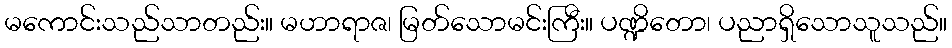
မကောင်းသည်သာတည်း။ မဟာရာဇ၊ မြတ်သောမင်းကြီး။ ပဏ္ဍိတော၊ ပညာရှိသောသူသည်။